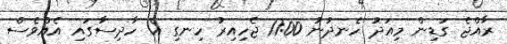
ރާއްޖެ ގަޑިން މިއަދު ހެނދުނު 11:00 ޖެހިއިރު ހިނގި އެ ހާދިސާގައި އެއްވެސް